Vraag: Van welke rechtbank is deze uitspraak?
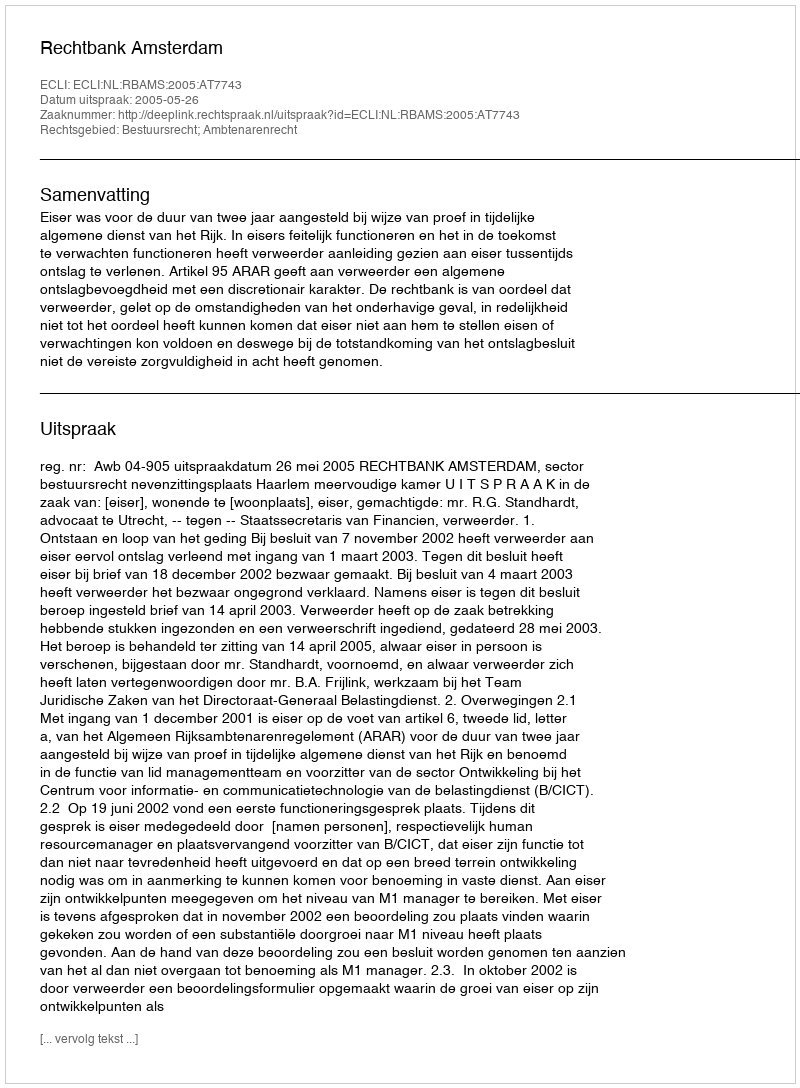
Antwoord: Rechtbank Amsterdam